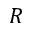
R